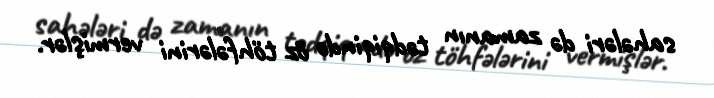
sahələri də zamanın tədqiqində öz töhfələrini vermişlər.